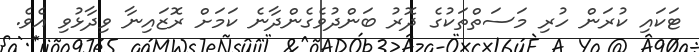
ޓަކައި ކުރަން ހުރި މަސަތްތަކުގެ ދޮރު ބަންދުވެގެންދާނެ ކަމަށް ރޮޒައިނާ ވިދާޅުވި އެވެ.